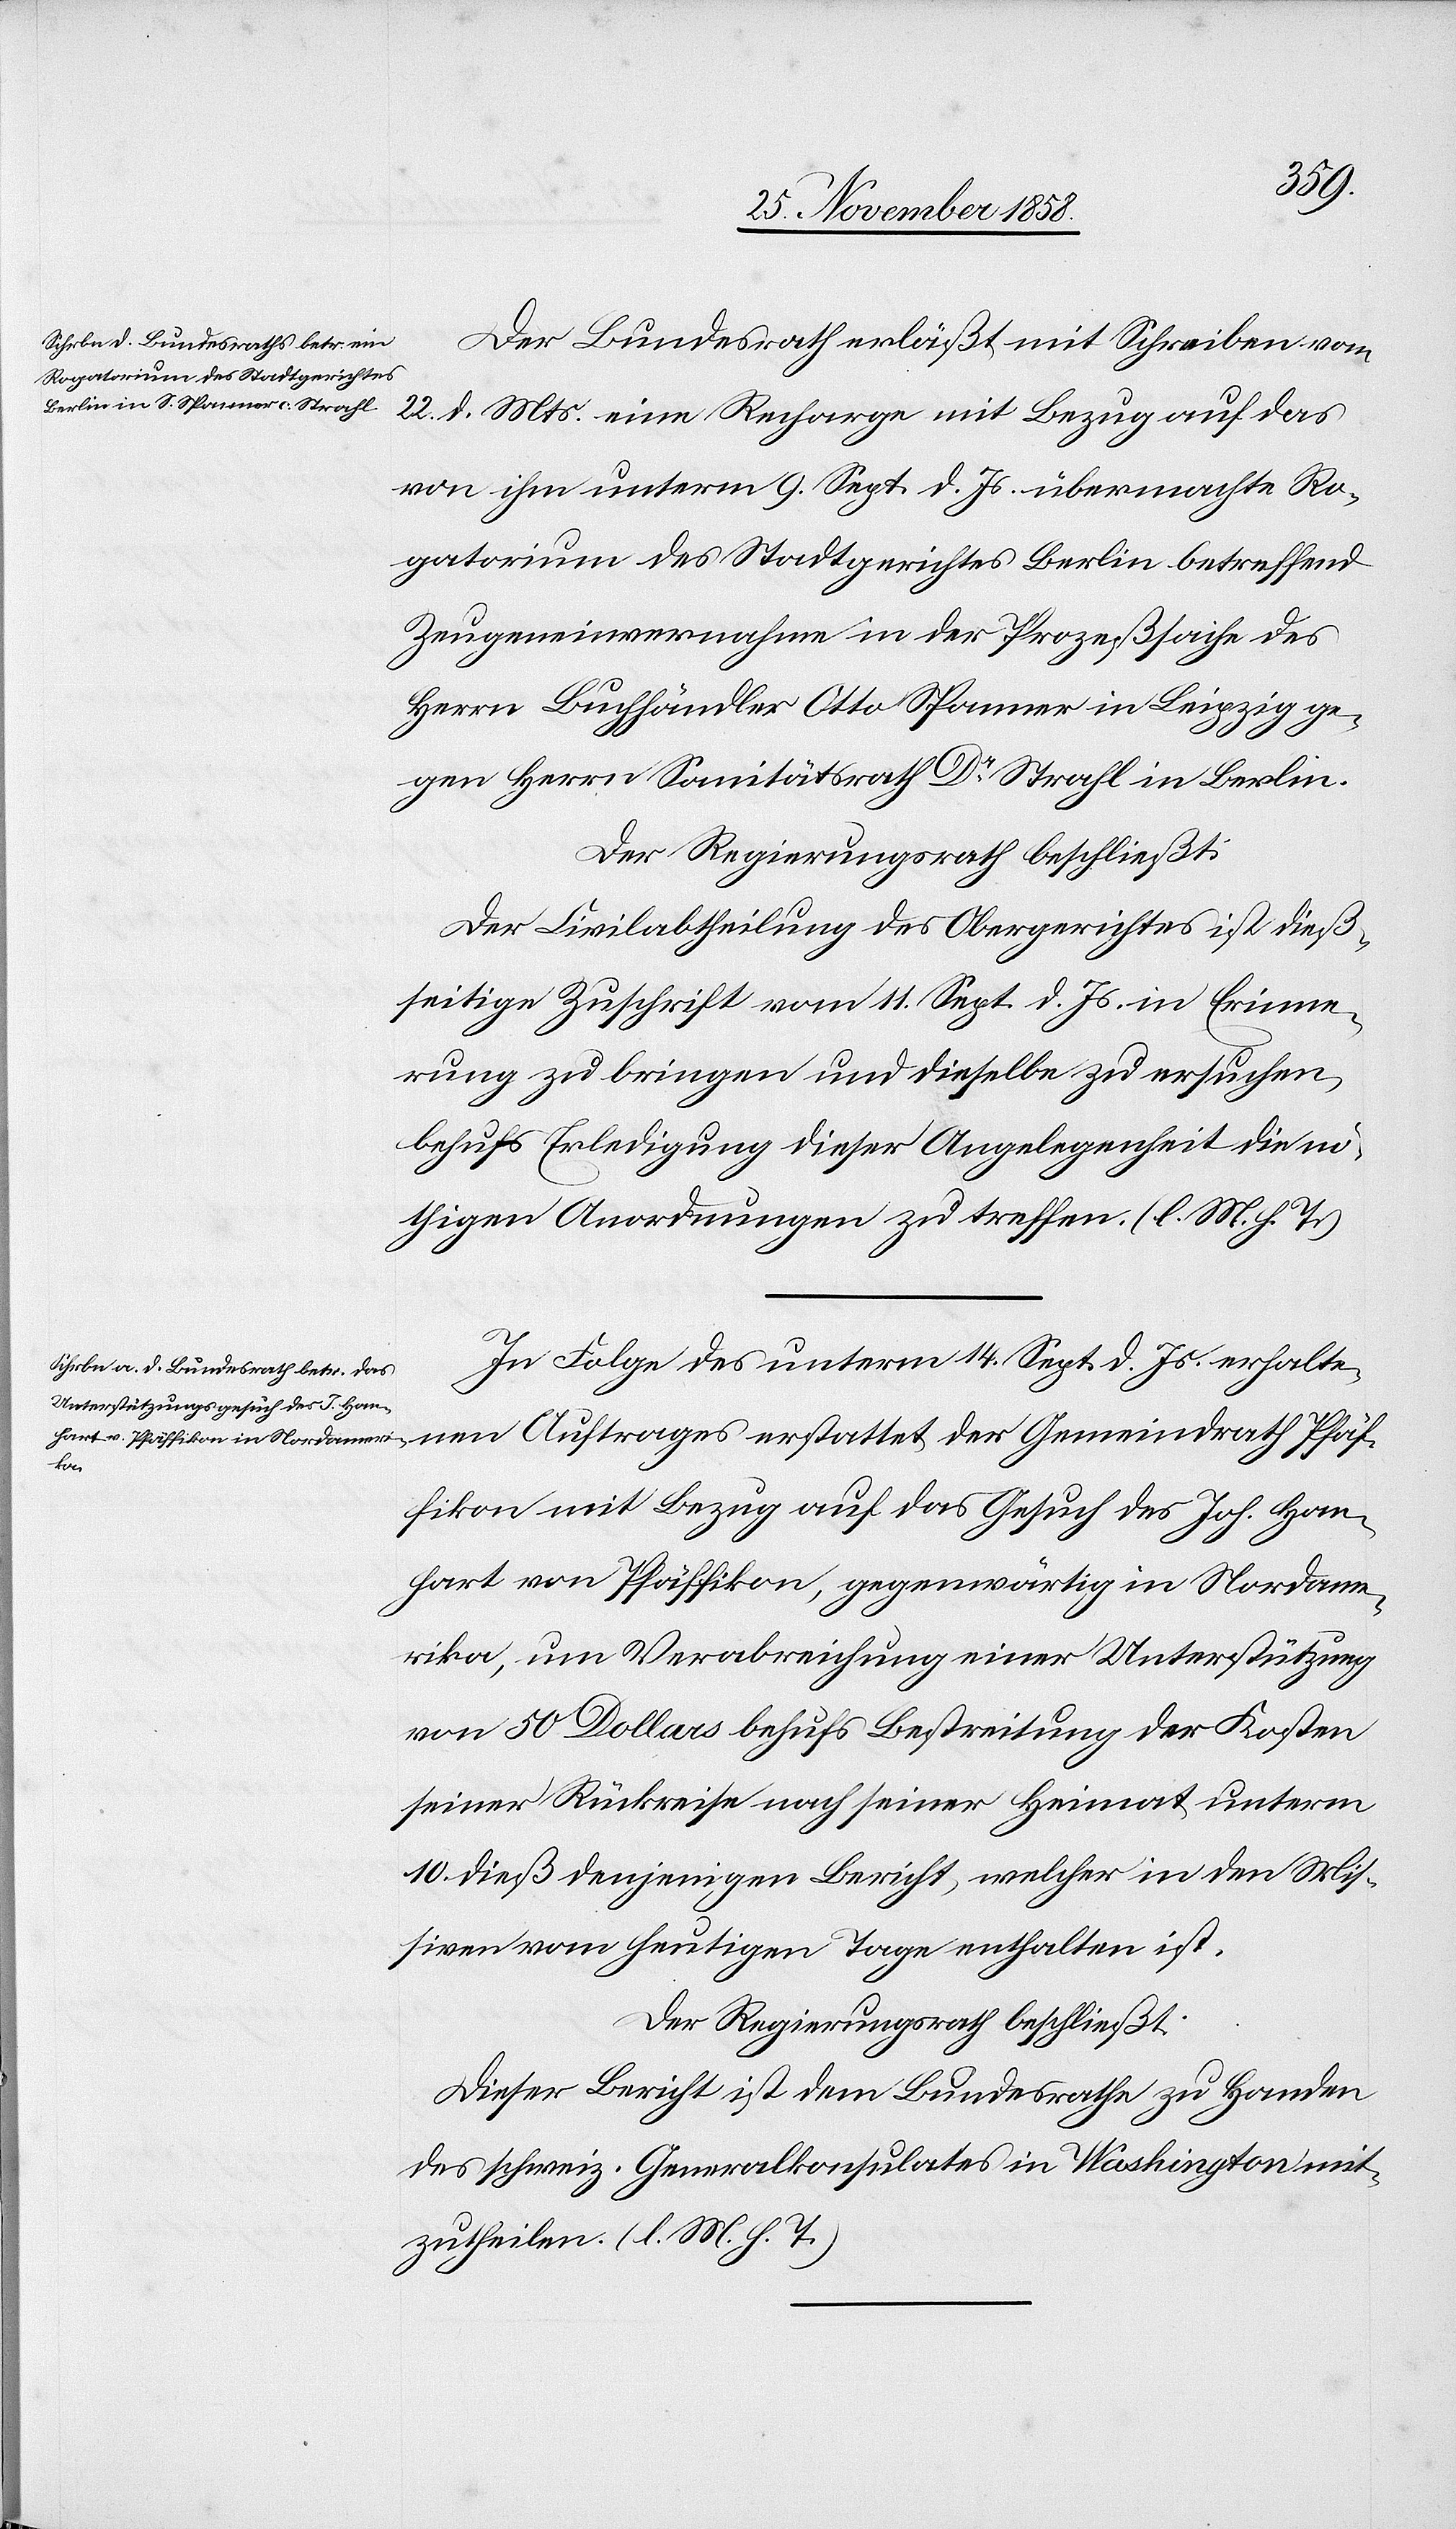
Der Bundesrath erläßt mit Schreiben vom
22. d. Mts. eine Recharge mit Bezug auf das
von ihm unterm 9. Sept. d. Js. übermachte Ro¬
gatorium des Stadtgerichtes Berlin betreffend
Zeugeneinvernahme in der Prozeßsache des
Herrn Buchhändler Otto Spanner in Leipzig ge¬
gen Herrn Sanitätsrath Dr Strahl in Berlin.
Der Regierungsrath beschließt:
Der Civilabtheilung des Obergerichtes ist dieß¬
seitige Zuschrift vom 11. Sept. d. Js. in Erinne¬
rung zu bringen und dieselbe zu ersuchen,
behufs Erledigung dieser Angelegenheit die nö¬
thigen Anordnungen zu treffen. (l. M. h. T.)
In Folge des unterm 14. Sept. d. Js. erhaltenen
Pfäf¬
fikon mit Bezug auf das Gesuch des Joh. Han¬
hart von Pfäffikon, gegenwärtig in Nordame¬
rika, um Verabreichung einer Unterstützung
von 50 Dollars behufs Bestreitung der Kosten
seiner Rückreise nach seiner Heimat unterm
10. dieß denjenigen Bericht, welcher in den Mis¬
siven vom heutigen Tage enthalten ist.
Der Regierungsrath beschließt:
Dieser Bericht ist dem Bundesrathe zu Handen
des schweiz. Generalkonsulates in Washington mit¬
zutheilen. (l. M. h. T.)